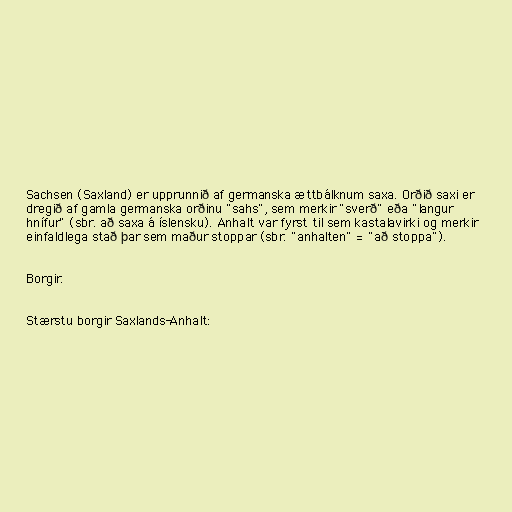
Sachsen (Saxland) er upprunnið af germanska ættbálknum saxa. Orðið saxi er
dregið af gamla germanska orðinu "sahs", sem merkir "sverð" eða "langur
hnífur" (sbr. að saxa á íslensku). Anhalt var fyrst til sem kastalavirki og merkir
einfaldlega stað þar sem maður stoppar (sbr. "anhalten" = "að stoppa").

Borgir.

Stærstu borgir Saxlands-Anhalt: